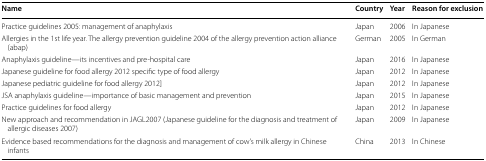
<table><thead><tr><td><b>Name</b></td><td><b>Country</b></td><td><b>Year</b></td><td><b>Reason for exclusion</b></td></tr></thead><tbody><tr><td>Practice guidelines 2005: management of anaphylaxis</td><td>Japan</td><td>2006</td><td>In Japanese</td></tr><tr><td>Allergies in the 1st life year. The allergy prevention guideline 2004 of the allergy prevention action alliance (abap)</td><td>German</td><td>2005</td><td>In German</td></tr><tr><td>Anaphylaxis guideline—its incentives and pre-hospital care</td><td>Japan</td><td>2016</td><td>In Japanese</td></tr><tr><td>Japanese guideline for food allergy 2012 specific type of food allergy</td><td>Japan</td><td>2012</td><td>In Japanese</td></tr><tr><td>Japanese pediatric guideline for food allergy 2012]</td><td>Japan</td><td>2012</td><td>In Japanese</td></tr><tr><td>JSA anaphylaxis guideline—importance of basic management and prevention</td><td>Japan</td><td>2015</td><td>In Japanese</td></tr><tr><td>Practice guidelines for food allergy</td><td>Japan</td><td>2012</td><td>In Japanese</td></tr><tr><td>New approach and recommendation in JAGL2007 (Japanese guideline for the diagnosis and treatment of allergic diseases 2007)</td><td>Japan</td><td>2009</td><td>In Japanese</td></tr><tr><td>Evidence based recommendations for the diagnosis and management of cow’s milk allergy in Chinese infants</td><td>China</td><td>2013</td><td>In Chinese</td></tr></tbody></table>